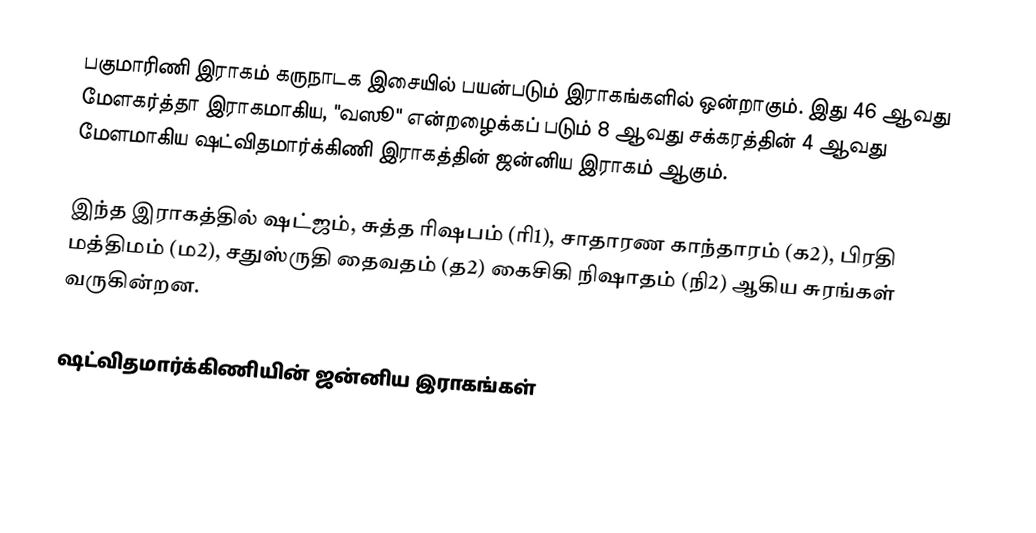
பகுமாரிணி இராகம் கருநாடக இசையில் பயன்படும் இராகங்களில் ஒன்றாகும். இது 46 ஆவது மேளகர்த்தா இராகமாகிய, "வஸூ" என்றழைக்கப் படும் 8 ஆவது சக்கரத்தின் 4 ஆவது மேளமாகிய ஷட்விதமார்க்கிணி இராகத்தின் ஜன்னிய இராகம் ஆகும்.

இந்த இராகத்தில் ஷட்ஜம், சுத்த ரிஷபம் (ரி1),  சாதாரண காந்தாரம் (க2), பிரதி மத்திமம் (ம2), சதுஸ்ருதி தைவதம் (த2) கைசிகி நிஷாதம்  (நி2) ஆகிய சுரங்கள் வருகின்றன.

ஷட்விதமார்க்கிணியின் ஜன்னிய இராகங்கள்